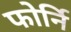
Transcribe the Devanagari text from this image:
फोर्नि